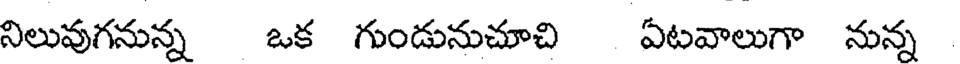
నిలువుగనున్న ఒక గుండునుచూచి ఏటవాలుగా నున్న